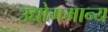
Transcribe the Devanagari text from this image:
उद्योगमान्य